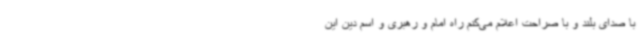
با صدای بلند و با صراحت اعلام می‌کنم راه امام و رهبری و اسم دین این